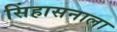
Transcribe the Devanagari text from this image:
सिंहासनाला